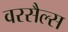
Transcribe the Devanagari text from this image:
वरसैल्स